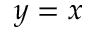
y = x